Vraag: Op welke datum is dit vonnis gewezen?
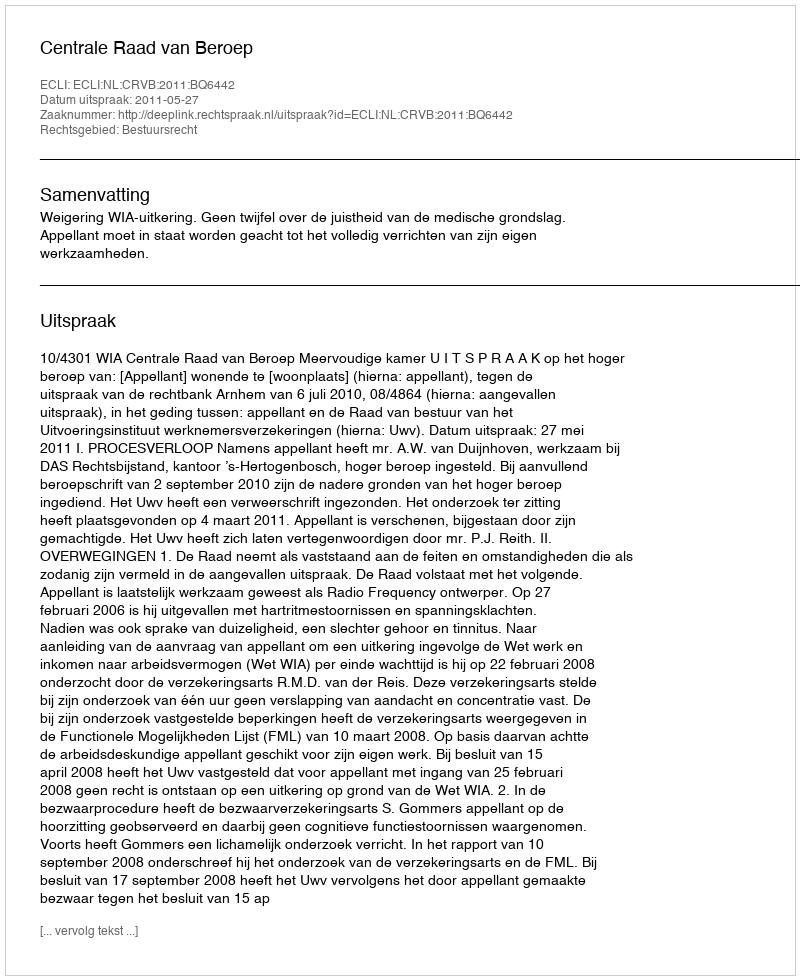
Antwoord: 2011-05-27